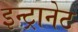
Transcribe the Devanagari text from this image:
इन्ट्रानेट